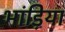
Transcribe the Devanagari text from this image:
भांड़िया